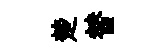
楚替